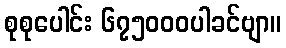
စုစုပေါင်း ၆၇၅၀၀၀ပါခင်ဗျာ။